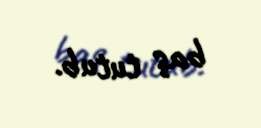
baş tutub.